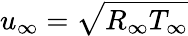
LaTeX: u_{\infty}=\sqrt{R_{\infty}T_{\infty}}